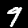
Label: 9